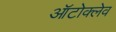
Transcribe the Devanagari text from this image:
ऑटोक्‍लेव